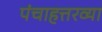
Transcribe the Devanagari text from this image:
पंचाहत्तरव्या